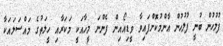
ފުލުހުން ބުނީ ފުލުހުން އާންމުކޮށްފައިވާ ވީޑިއޯއިން ފެންނަ މީހާއަކީ މަކަރާއި ހީލަތުގެ މައްސަލައަކާ